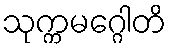
သုက္ကမဂ္ဂေါတိ